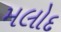
મલોદ